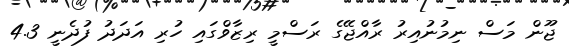
ޖޫން މަސް ނިމުނުއިރު ރާއްޖޭގެ ރަސްމީ ރިޒާވްގައި ހުރި އަދަދު ފުދެނީ 4.3